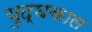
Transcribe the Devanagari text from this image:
युद्घकाल